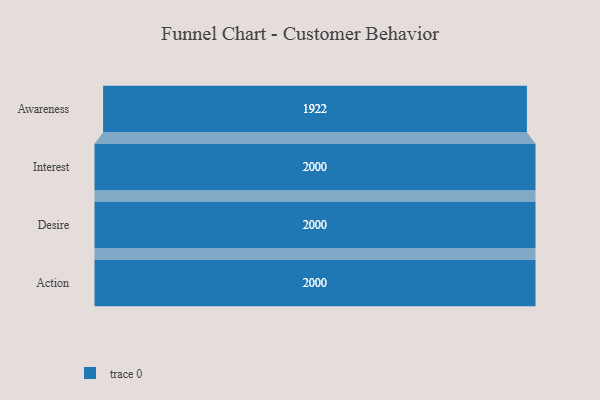
{"axis": {"x": "Stage", "y": "Value"}, "legend": [""], "data": [{"x": "Awareness", "y": 1922.0, "type": ""}, {"x": "Interest", "y": 2000, "type": ""}, {"x": "Desire", "y": 2000, "type": ""}, {"x": "Action", "y": 2000, "type": ""}]}